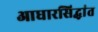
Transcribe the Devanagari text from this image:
आधारसिद्धांत